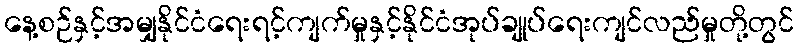
နေ့စဉ်နှင့်အမျှနိုင်ငံရေးရင့်ကျက်မှုနှင့်နိုင်ငံအုပ်ချုပ်ရေးကျင်လည်မှုတို့တွင်